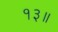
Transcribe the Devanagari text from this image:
१३॥